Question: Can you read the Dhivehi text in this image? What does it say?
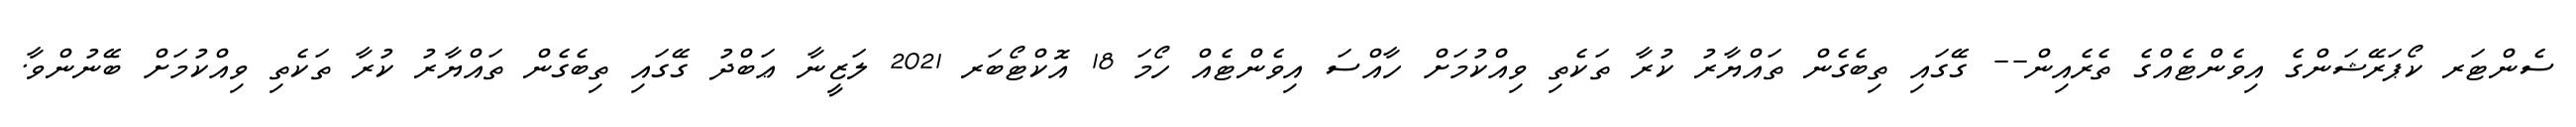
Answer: ސެންޓަރ ކޯޕަރޭޝަންގެ އިވެންޓެއްގެ ތެރެއިން-- ގޭގައި ތިބެގެން ތައްޔާރު ކުރާ ތަކެތި ވިއްކުމަށް ހާއްސަ އިވެންޓެއް ހޯމަ 18 އޮކްޓޯބަރ 2021 ލަޒީނާ ޢަބްދު ގޭގައި ތިބެގެން ތައްޔާރު ކުރާ ތަކެތި ވިއްކުމަށް ބޭނުންވާ.